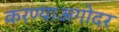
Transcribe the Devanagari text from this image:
करण्याअगोदर